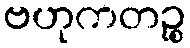
ဗဟုကတဉ္စ